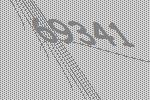
69341